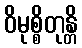
ဝိမုစ္စိတုန္တိ